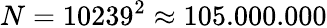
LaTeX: N=10239^{2}\approx 105.000.000